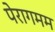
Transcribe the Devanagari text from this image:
पेरागमम